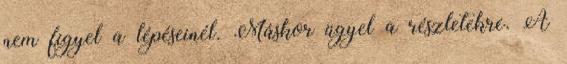
nem figyel a lépéseinél. Máskor ügyel a részletekre. A